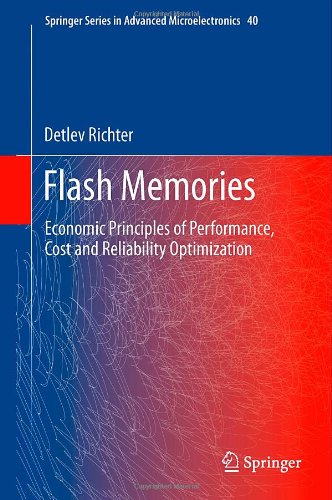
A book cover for Flash Memories: Economic Principles of Performance, Cost and Reliability Optimization (Springer Series in Advanced Microelectronics); Detlev Richter; Science & Math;